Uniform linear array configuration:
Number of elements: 24
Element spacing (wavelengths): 0.25
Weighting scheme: blackman
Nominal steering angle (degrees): -60
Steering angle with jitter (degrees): -61.88
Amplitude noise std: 0.05
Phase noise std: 0.05

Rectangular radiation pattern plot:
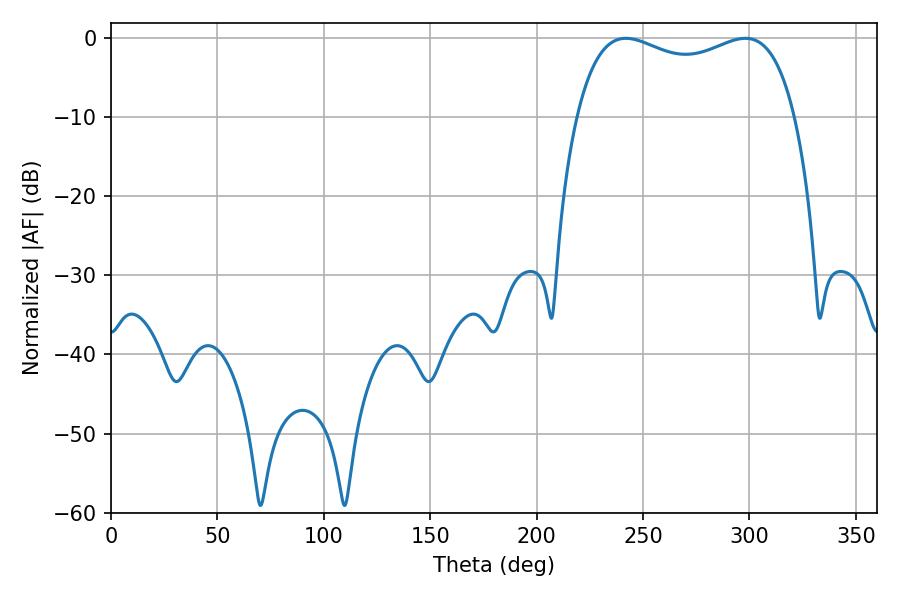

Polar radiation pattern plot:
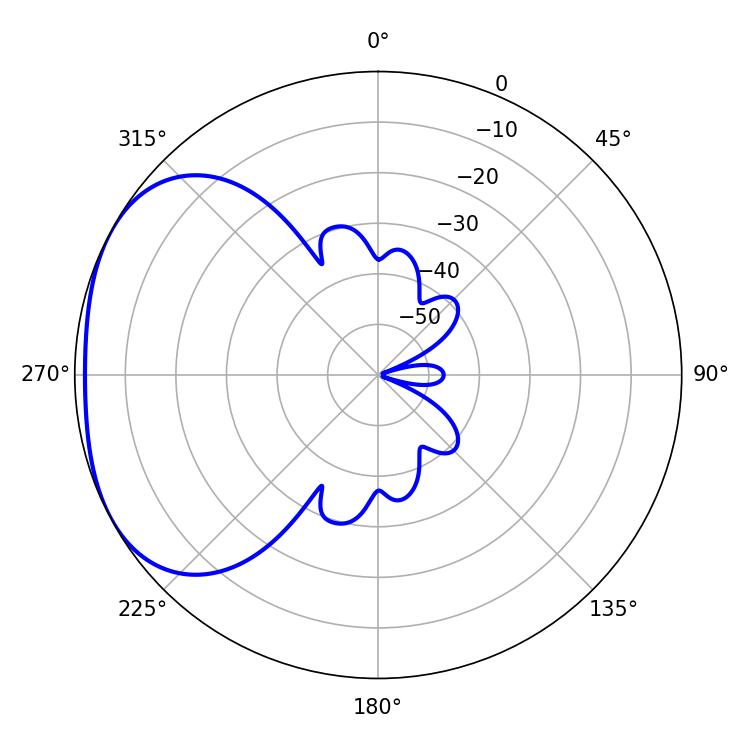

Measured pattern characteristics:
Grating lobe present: FALSE
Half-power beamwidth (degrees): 84.6
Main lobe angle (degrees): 241.92